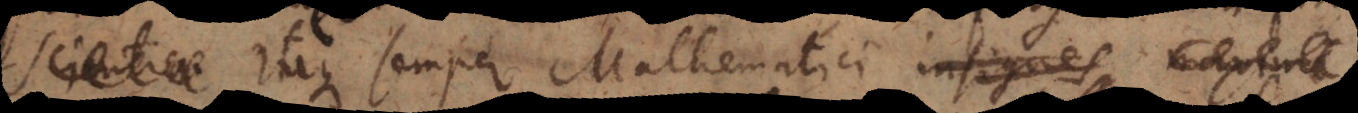
Scientiae Itaque semper Mathematici insignes